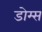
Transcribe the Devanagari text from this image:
डोम्स